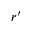
r ^ { \prime }